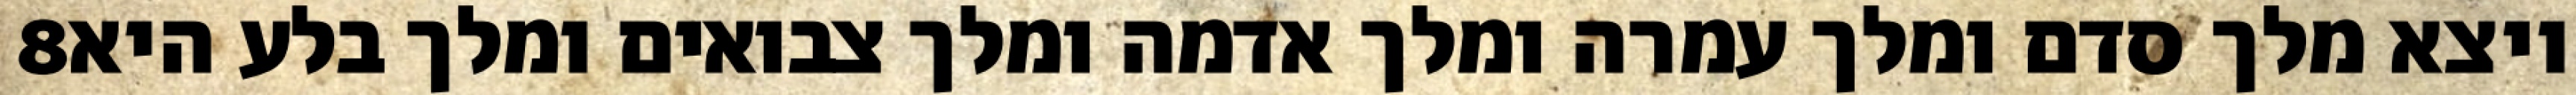
‎8‏ ויצא מלך סדם ומלך עמרה ומלך אדמה ומלך צבואים ומלך בלע היא